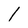
Character: l